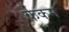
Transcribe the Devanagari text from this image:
केकम